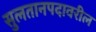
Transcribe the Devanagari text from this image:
सुलतानपदावरील